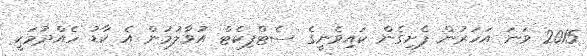
2015 ވަނަ އަހަރުން ފެށިގެން ކައިވެނީގެ ސެޓްފިކެޓް އުވާލުމުން އެ ކާޑު ހެއްދުމަކީ